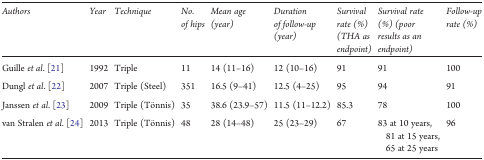
| Authors | Year | Technique | No. of hips | Mean age (year) | Duration of follow-up (year) | Survival rate (%) (THA as endpoint) | Survival rate (%) (poor results as an endpoint) | Follow-up rate (%) |
 | --- | --- | --- | --- | --- | --- | --- | --- | --- |
 | Guille et al. [21] | 1992 | Triple | 11 | 14 (11–16) | 12 (10–16) | 91 | 91 | 100 |
 | Dungl et al. [22] | 2007 | Triple (Steel) | 351 | 16.5 (9–41) | 12.5 (4–25) | 95 | 94 | 91 |
 | Janssen et al. [23] | 2009 | Triple (Tönnis) | 35 | 38.6 (23.9–57) | 11.5 (11–12.2) | 85.3 | 78 | 100 |
 | van Stralen et al. [24] | 2013 | Triple (Tönnis) | 48 | 28 (14–48) | 25 (23–29) | 67 | 83 at 10 years, 81 at 15 years, 65 at 25 years | 96 |